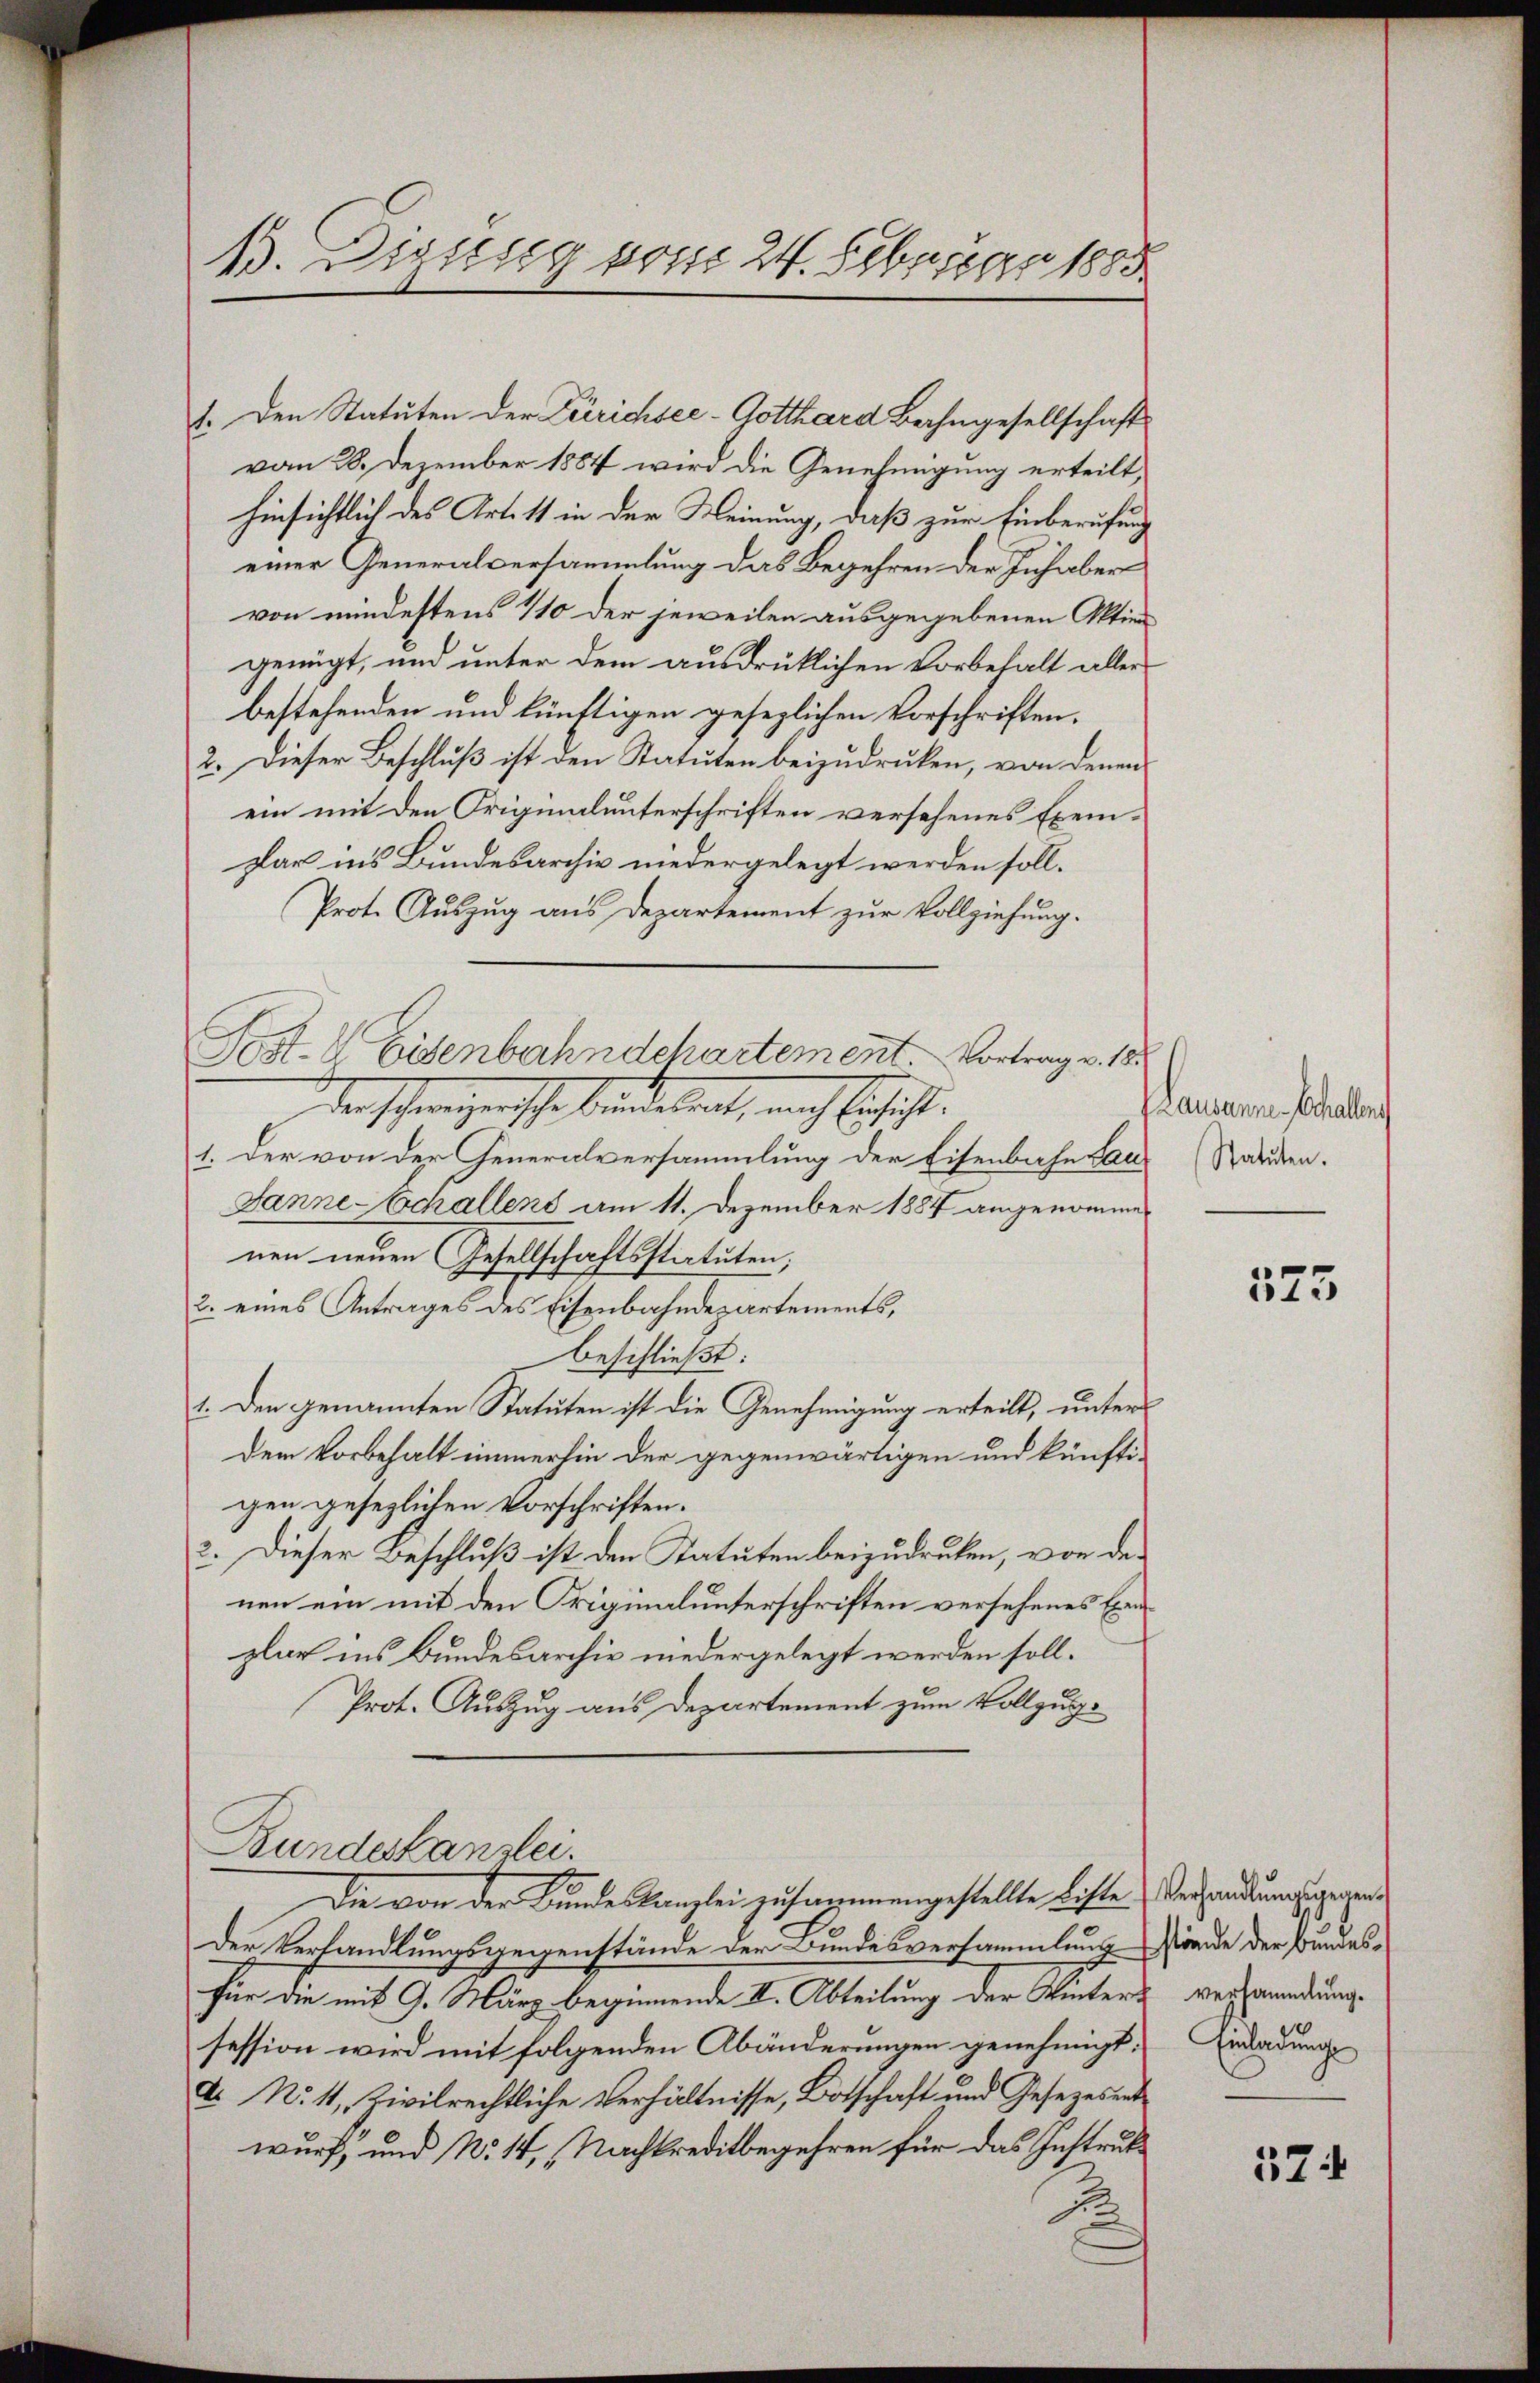
13. Dipssig vom 24. Februar 1885.

1. Den Statuten der Terrichsee-Gotthard Bahngesellschaft
vom 28. Dezember 1884 wird die Genehmigung erteilt,
hinsichtlich des Artist in der Meinung, daß zur Einberufung
einer Generalversammlung das Begehren der Inhaber
von mindestens 110 der jeweilen ausgegebenen Aktien
genügt, und unter dem ausdrüklichen Vorbehalt aller
bestehenden und künftigen gesezlichen Vorschriften.
2. Dieser Beschluß ist den Statuten beizudrucken, von denen
ein mit den Originalunterschriften versehenes Exempar ins Bundesarchiv niedergelegt werden soll.
Prot. Auszug aus Departement zur Vollziehung.
der schweizerische beidetent, nach Eschicht.
1. Der von der Generalversammlung der Eisenbahn Lau-
Janne-Echallens am 11. Dezember 1887 angenomme
nen neuen Gesellschaftsstatuten;
2. eines Antrages des Eisenbahndepartements,
beschließt:
1. Den genannten Statuten ist die Genehmigung erteilt, unter
dem Vorbehalt immerhin der gegenwärtigen und künfti-
gen gesezlichen Vorschriften.
2. Dieser Beschluß ist den Statuten beizudruken, von denen ein mit den Originalunterschriften versehenes Exemplar ins Bundesarchiv niedergelegt werden soll¬
Prot. Auszug aus Departement zum Vollzug.
Bundeskanzlei.
Die von der Bundeskanzlei zusammengestellte Liste Verhandlungsgegen
Der Verhandlungsgegenstände der Bundesversammlung finde der Bundesfür die mit 9. März beginnende II. Abteilung der Winters verwendung
session wird mit folgenden Abänderungen genehmigt. Einladung
a No. 11, Zivilrechtliche Verhältnisse, Botschaft und Gesezesentwurf, und No. 14, Nachkreditbegehren für das Instruk¬
J.

Post- & Eisenbahndchartement. Vortrag v. 18.

lammenen Schulen
Statuten.

575

524